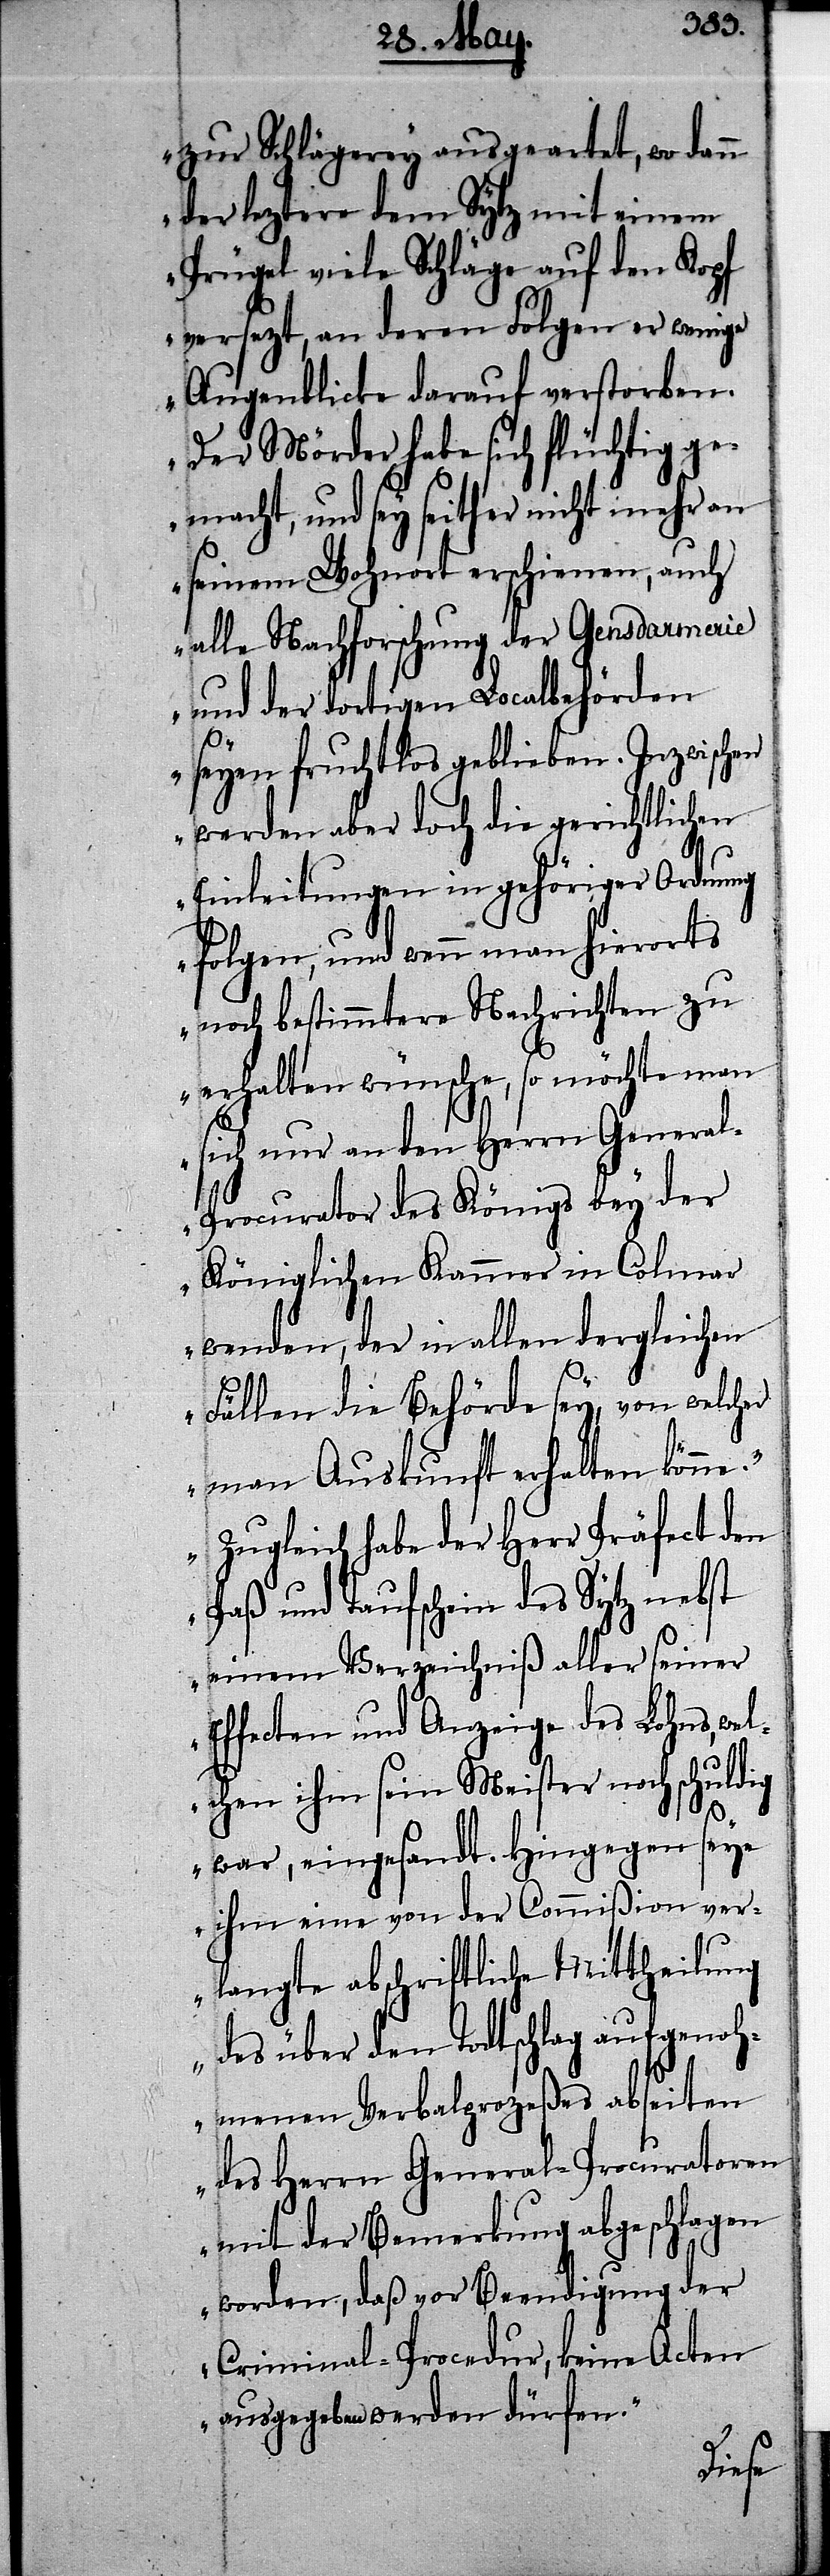
zur Schlägerey ausgeartet, wo dann
der leztere dem Sytz mit einem
Prügel viele Schläge auf den Kopf
versezt, an deren Folgen er wenige
Augenblicke darauf verstorben.
Der Mörder habe sich flüchtig ge¬
macht, und sey seither nicht mehr an
seinem Wohnort erschienen, auch
alle Nachforschung der Gensdarmerie
und der dortigen Localbehörden
seyen fruchtlos geblieben. Inzwischen
werden aber doch die gerichtlichen
Einleitungen in gehöriger Ordnung
folgen, und wenn man hierorts
noch bestimmtere Nachrichten zu
erhalten wünsche, so möchte man
sich nur an den Herrn Genera¬
l-Procurator des Königs bey der
Königlichen Kammer in Colmar
wenden, der in allen dergleichen
Fällen die Behörde sey, von welcher
man Auskunft erhalten könne.
Zugleich habe der Herr Präfect den
Paß und Taufschein des Sytz nebst
einem Verzeichniß aller seiner
Effecten und Anzeige des Lohns, we¬
lchen ihm sein Meister noch schuldig
war, eingesandt. Hingegen seye
ihm eine von der Commißion ver¬
langte abschriftliche Mittheilung
des über den Todtschlag aufgenoh¬
menen Verbalprozeß abseiten
des Herrn General-Procuratoren
mit der Bemerkung abgeschlagen
worden, daß vor Beendigung der
Criminal-Procedur, keine Acten
ausgegeben werden dürfen.